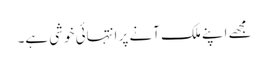
مجھے اپنے ملک آنے پر انتہائی خوشی ہے۔